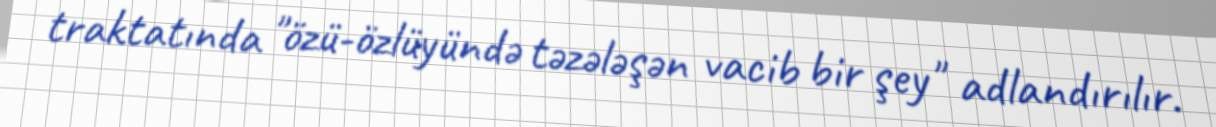
traktatında "özü-özlüyündə təzələşən vacib bir şey" adlandırılır.